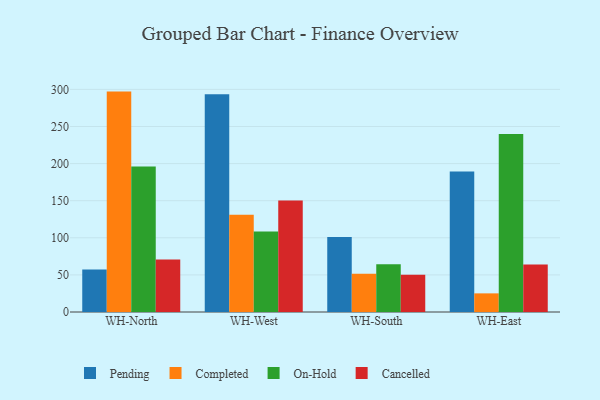
{"axis": {"x": "Warehouse", "y": "Satisfaction Score"}, "legend": ["Cancelled", "Completed", "On-Hold", "Pending"], "data": [{"x": "WH-North", "y": 57.4, "type": "Pending"}, {"x": "WH-North", "y": 297.0, "type": "Completed"}, {"x": "WH-North", "y": 196.1, "type": "On-Hold"}, {"x": "WH-North", "y": 70.9, "type": "Cancelled"}, {"x": "WH-West", "y": 293.3, "type": "Pending"}, {"x": "WH-West", "y": 130.9, "type": "Completed"}, {"x": "WH-West", "y": 108.6, "type": "On-Hold"}, {"x": "WH-West", "y": 150.4, "type": "Cancelled"}, {"x": "WH-South", "y": 101.0, "type": "Pending"}, {"x": "WH-South", "y": 51.5, "type": "Completed"}, {"x": "WH-South", "y": 64.5, "type": "On-Hold"}, {"x": "WH-South", "y": 50.1, "type": "Cancelled"}, {"x": "WH-East", "y": 189.4, "type": "Pending"}, {"x": "WH-East", "y": 25.1, "type": "Completed"}, {"x": "WH-East", "y": 240.0, "type": "On-Hold"}, {"x": "WH-East", "y": 64.0, "type": "Cancelled"}]}